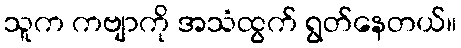
သူက ကဗျာကို အသံထွက် ရွတ်နေတယ်။